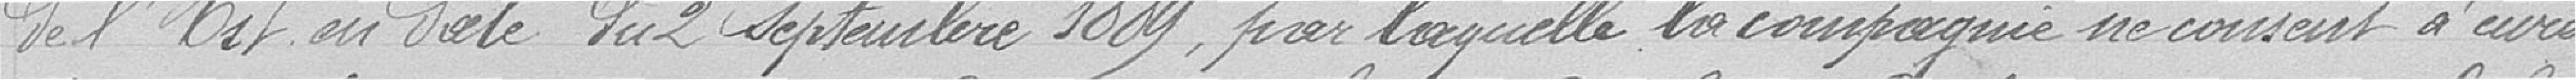
de l'Est en date du 2 septembre 1889, par laquelle la compagnie ne consent à curer